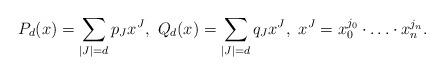
LaTeX: \begin{align*} P_d(x) = \sum_{|J| = d} p_J x^J, \ Q_d(x) = \sum_{|J| = d} q_J x^J , \ x^J = x_0 ^{j_0} \cdot \ldots \cdot x_n ^{j_n}. \end{align*}